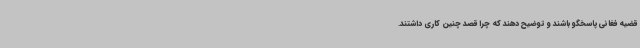
قضیه فغانی پاسخگو باشند و توضیح دهند که چرا قصد چنین کاری داشتند.